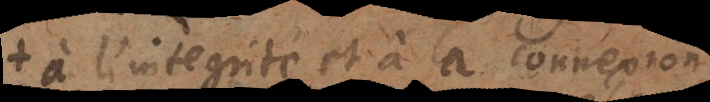
à l’intégrité et à la connexion